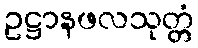
ဥဋ္ဌာနဖလသုတ္တံ